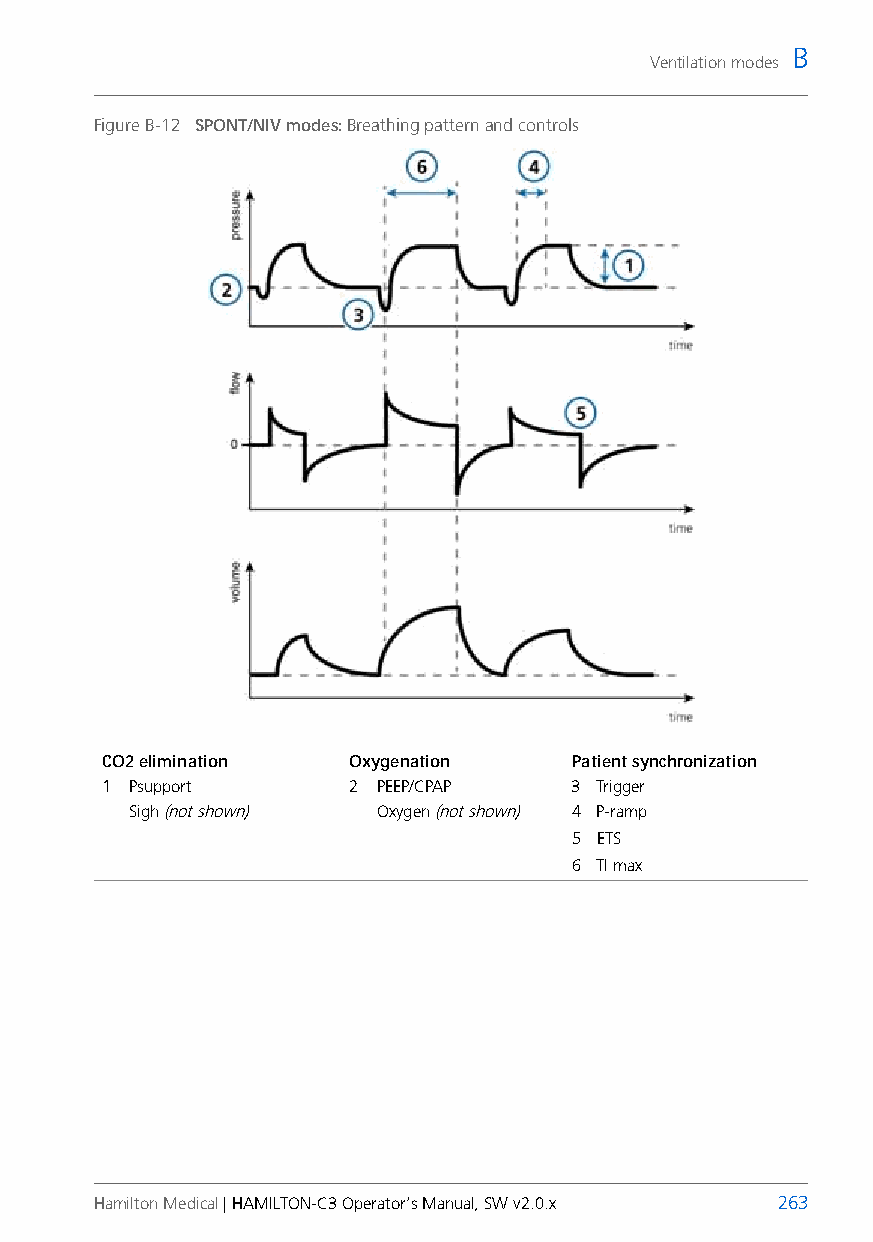
B
 Ventilation modes
 Figure B-12 SPONT/NIV modes: Breathing pattern and controls
 CO2 elimination Oxygenation    Patient synchronization
 1 Psupport      2 PEEP/CPAP    3 Trigger
 Sigh (not shown) Oxygen (not shown) 4 P-ramp
 5 ETS
 6 TI max
 Hamilton Medical | HAMILTON-C3 Operator’s Manual, SW v2.0.x 263